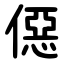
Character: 僫